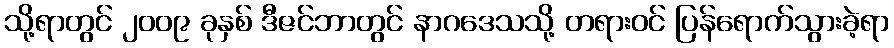
သို့ရာတွင် ၂၀၀၉ ခုနှစ် ဒီဇင်ဘာတွင် နာဂဒေသသို့ တရားဝင် ပြန်ရောက်သွားခဲ့ရာ